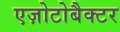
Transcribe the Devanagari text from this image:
एज़ोटोबैक्टर